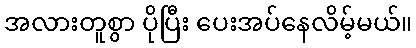
အလားတူစွာ ပိုပြီး ပေးအပ်နေလိမ့်မယ်။